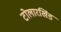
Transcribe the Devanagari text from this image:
टोलारखिंड